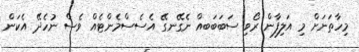
މިހާތަނަށް މި އަލިފާން ރޯވި ސަބަބަބއް ނެގޭނގޭ އެސެސްމެންޓެއް ވެސް ނުހެދޭ އެކަން